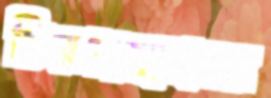
চিরপ্রস্থানের